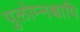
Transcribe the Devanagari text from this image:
पुलोम्नश्चापि